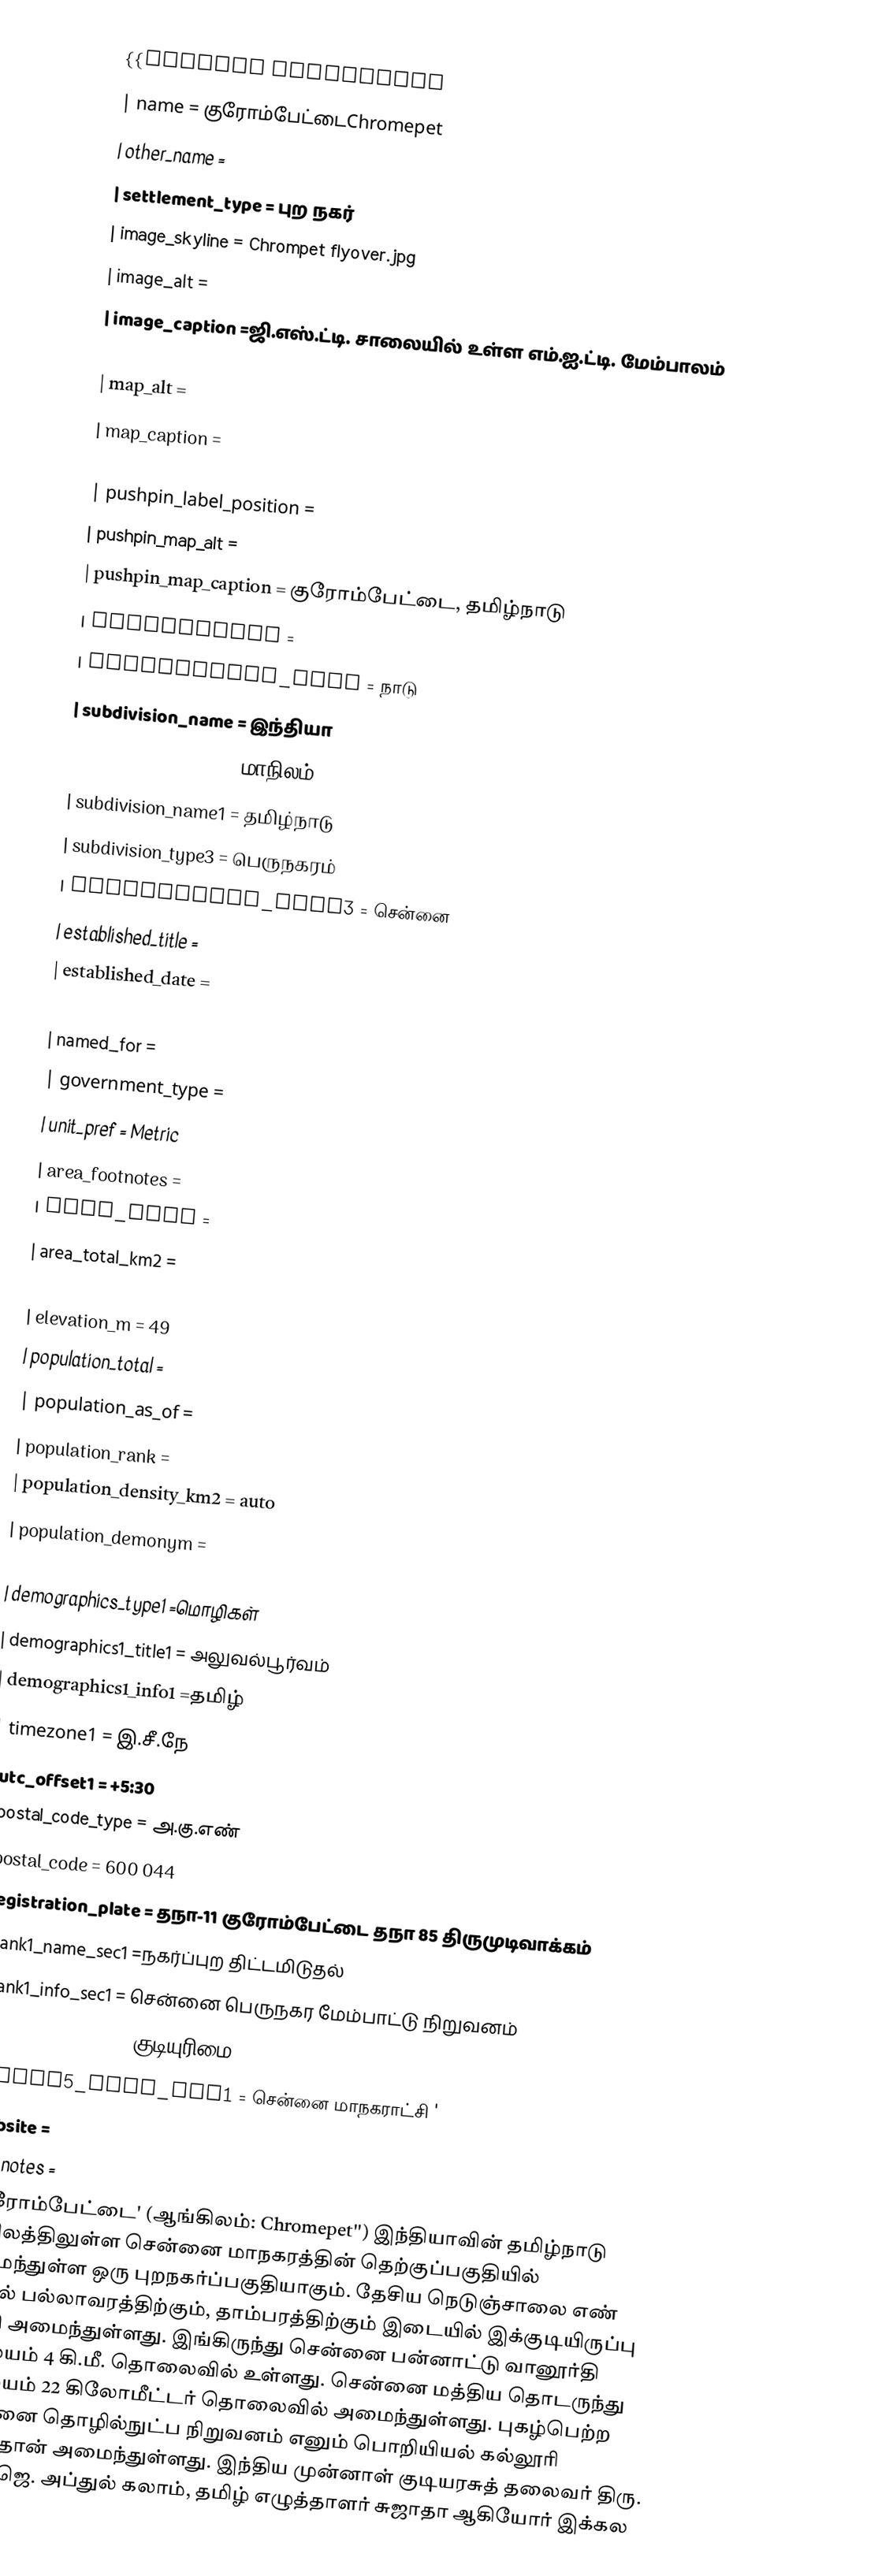
{{Infobox settlement
| name = குரோம்பேட்டைChromepet
| other_name =
| settlement_type = புற நகர்
| image_skyline = Chrompet flyover.jpg
| image_alt =
| image_caption =ஜி.எஸ்.ட்டி. சாலையில் உள்ள எம்.ஐ.ட்டி. மேம்பாலம்
| nickname =
| map_alt =
| map_caption =
| pushpin_map = India Chennai
| pushpin_label_position =
| pushpin_map_alt =
| pushpin_map_caption = குரோம்பேட்டை, தமிழ்நாடு
| coordinates      =
| subdivision_type = நாடு
| subdivision_name = இந்தியா
| subdivision_type1 = மாநிலம்
| subdivision_name1 = தமிழ்நாடு
| subdivision_type3 = பெருநகரம்
| subdivision_name3 = சென்னை
| established_title =
| established_date =
| founder =
| named_for =
| government_type =
| unit_pref = Metric
| area_footnotes =
| area_rank =
| area_total_km2 =
| elevation_footnotes =
| elevation_m = 49
| population_total =
| population_as_of =
| population_rank =
| population_density_km2 = auto
| population_demonym =
| population_footnotes =
| demographics_type1 =மொழிகள்
| demographics1_title1 = அலுவல்பூர்வம்
| demographics1_info1 =தமிழ்
| timezone1 = இ.சீ.நே
| utc_offset1 = +5:30
| postal_code_type = அ.கு.எண்
| postal_code = 600 044
| registration_plate = தநா-11 குரோம்பேட்டை தநா 85 திருமுடிவாக்கம்
| blank1_name_sec1 =நகர்ப்புற திட்டமிடுதல்
| blank1_info_sec1 = சென்னை பெருநகர மேம்பாட்டு நிறுவனம்
| blank5_name_sec1        = குடியுரிமை
| blank5_info_sec1        = சென்னை மாநகராட்சி '
| website =
| footnotes =
}}குரோம்பேட்டை' (ஆங்கிலம்: Chromepet'') இந்தியாவின் தமிழ்நாடு மாநிலத்திலுள்ள  சென்னை மாநகரத்தின் தெற்குப்பகுதியில் அமைந்துள்ள ஒரு புறநகர்ப்பகுதியாகும்.  தேசிய நெடுஞ்சாலை எண் 45-இல் பல்லாவரத்திற்கும், தாம்பரத்திற்கும் இடையில் இக்குடியிருப்பு பகுதி அமைந்துள்ளது. இங்கிருந்து சென்னை பன்னாட்டு வானூர்தி நிலையம் 4 கி.மீ. தொலைவில் உள்ளது. சென்னை மத்திய தொடருந்து நிலையம் 22 கிலோமீட்டர் தொலைவில் அமைந்துள்ளது. புகழ்பெற்ற சென்னை தொழில்நுட்ப நிறுவனம் எனும் பொறியியல் கல்லூரி இங்குதான் அமைந்துள்ளது. இந்திய முன்னாள் குடியரசுத் தலைவர் திரு. ஆ. ப. ஜெ. அப்துல் கலாம், தமிழ் எழுத்தாளர் சுஜாதா ஆகியோர் இக்கல